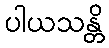
ပါယသန္တိ